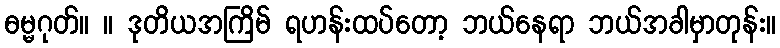
ဓမ္မဂုတ်။ ။ ဒုတိယအကြိမ် ရဟန်းထပ်တော့ ဘယ်နေရာ ဘယ်အခါမှာတုန်း။